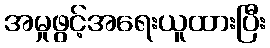
အမှုဖွင့်အရေးယူထားပြီး